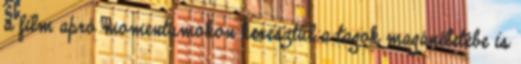
a film apró momentumokon keresztül a tagok magánéletébe is